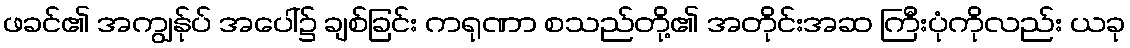
ဖခင်၏ အကျွန်ုပ် အပေါ်၌ ချစ်ခြင်း ကရုဏာ စသည်တို့၏ အတိုင်းအဆ ကြီးပုံကိုလည်း ယခု